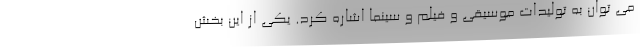
می توان به تولیدات موسیقی و فیلم و سینما اشاره کرد. یکی از این بخش